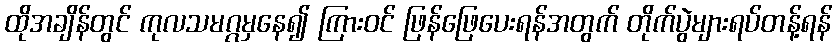
ထိုအချိန်တွင် ကုလသမဂ္ဂမှနေ၍ ကြားဝင် ဖြန်ဖြေပေးရန်အတွက် တိုက်ပွဲများရပ်တန့်ရန်